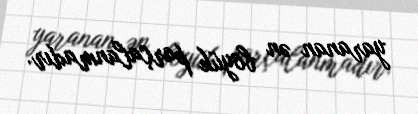
yaranan ən böyük parçalanmadır.